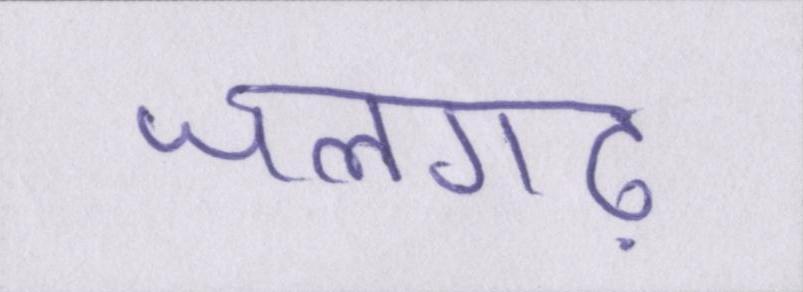
जलगढ़